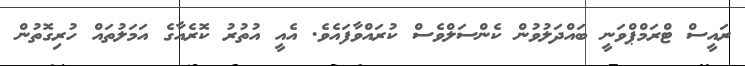
ރައީސް ޓްރަމްޕްވަނީ ބައްދަލުވުން ކެންސަލްވެސް ކުރައްވާފައެވެ. އެއީ އުތުރު ކޮރެއާގެ އަމަލުތައް ހުރިގޮތުން